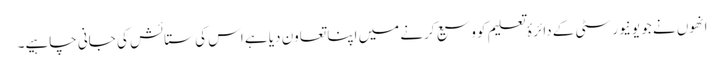
انھوں نے جو یونیورسٹی کے دائرۂ تعلیم کو وسیع کرنے میں اپنا تعاون دیا ہے اس کی ستائش کی جانی چاہیے۔